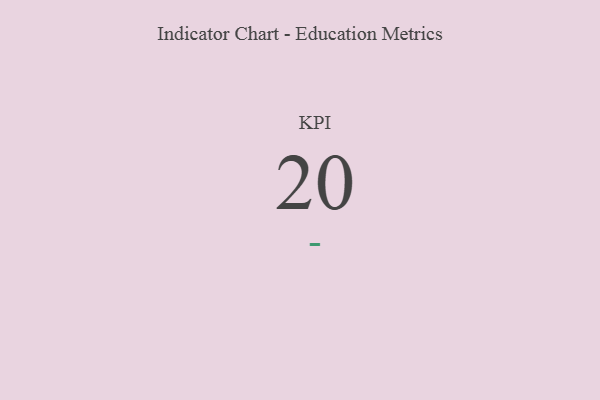
{"axis": {"x": "KPI", "y": "Value"}, "legend": [""], "data": [{"x": "KPI", "y": 20, "type": ""}]}